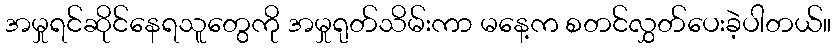
အမှုရင်ဆိုင်နေရသူတွေကို အမှုရုတ်သိမ်းကာ မနေ့က စတင်လွှတ်ပေးခဲ့ပါတယ်။